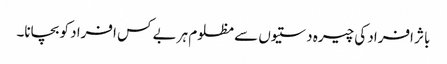
باثر افراد کی چیرہ دستیوں سے مظلوم ہر بے کس افراد کو بچانا۔